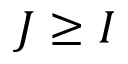
J \geq I